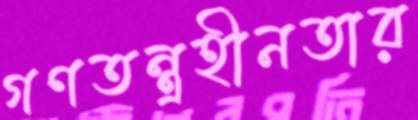
গণতন্ত্রহীনতার